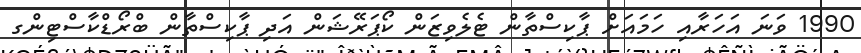
1990 ވަނަ އަހަރާއި ހަމައަށް ޕާކިސްތާން ޓެލެވިޒަން ކޯޕަރޭޝަން އަދި ޕާކިސްތާން ބްރޯޑްކާސްޓިންގ